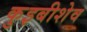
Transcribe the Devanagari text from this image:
कुइबीशेव